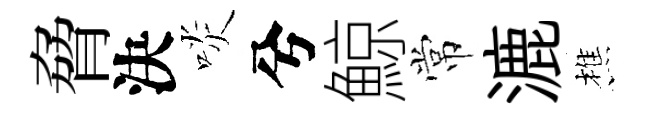
脅決啖兮鯨常漉樵